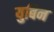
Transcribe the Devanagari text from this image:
युबिन